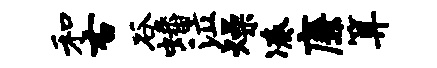
和右谷蟠泣燥凑廉算